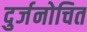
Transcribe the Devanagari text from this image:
दुर्जनोचित